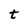
Character: t